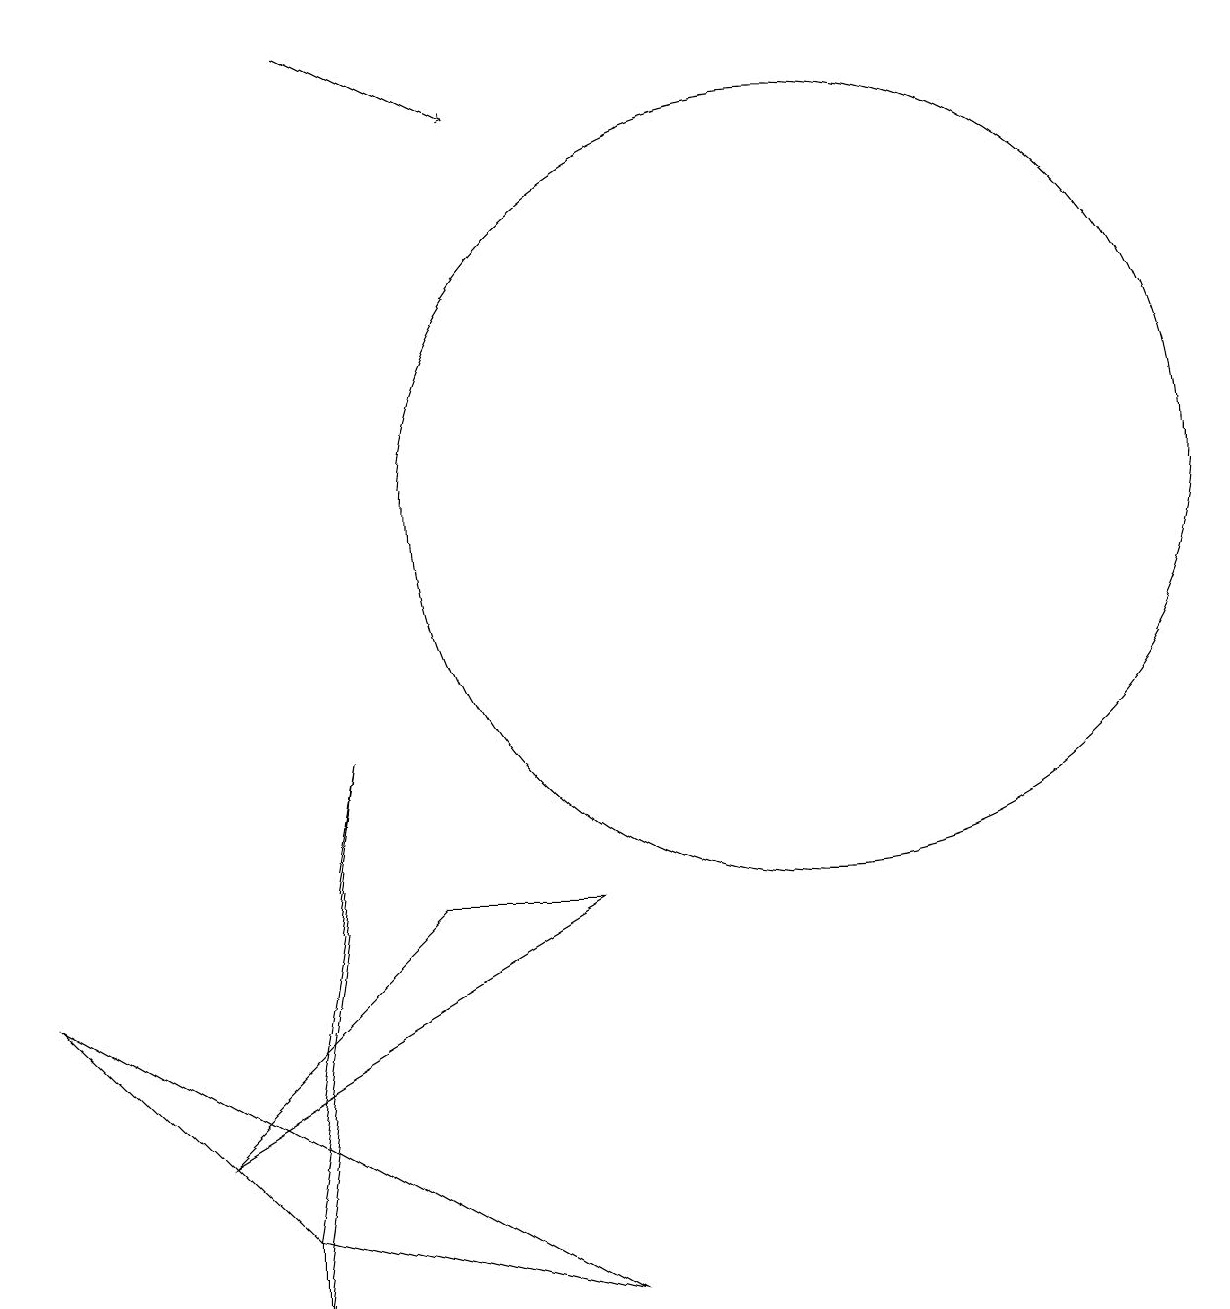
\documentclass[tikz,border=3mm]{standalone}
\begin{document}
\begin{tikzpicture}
\draw (3,1) -- (3,2) -- (4,8) -- cycle;
\draw (5,6) -- (7,6) -- (2,3) -- cycle;
\draw (0,5) -- (7,1) -- (3,2) -- cycle;
\draw[->] (4,17) -- (6,16);
\draw (10,11) circle (5);
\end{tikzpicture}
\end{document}